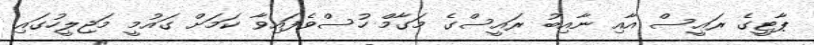
ޕާޓީގެ ރައީސް އާއި ނާއިބު ރައީސްގެ މަގާމް ހުސްވެފައިވާ ކަމަށް ގައުމީ މަޖިލީހުގައި